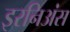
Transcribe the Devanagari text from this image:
इरनिअंस